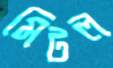
মিটল